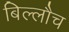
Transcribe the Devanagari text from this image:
बिल्लौच